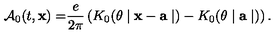
\mathcal { A } _ { 0 } ( t , \mathbf { x ) = } \frac { e } { 2 \pi } \left( K _ { 0 } ( \theta \mid \mathbf { x - a } \mid ) - K _ { 0 } ( \theta \mid \mathbf { a } \mid ) \right) .